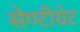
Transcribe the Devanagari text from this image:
सेण्टीग्रेट